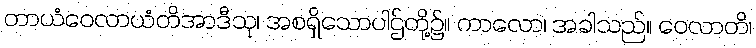
တာယံဝေလာယံတိအာဒီသု၊ အစရှိသောပါဌ်တို့၌။ ကာလော၊ အခါသည်။ ဝေလာတိ၊